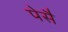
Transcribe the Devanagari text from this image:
पेसै